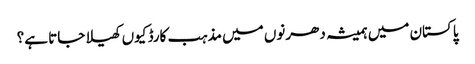
پاکستان میں ہمیشہ دھرنوں میں مذہب کارڈ کیوں کھیلا جاتا ہے؟